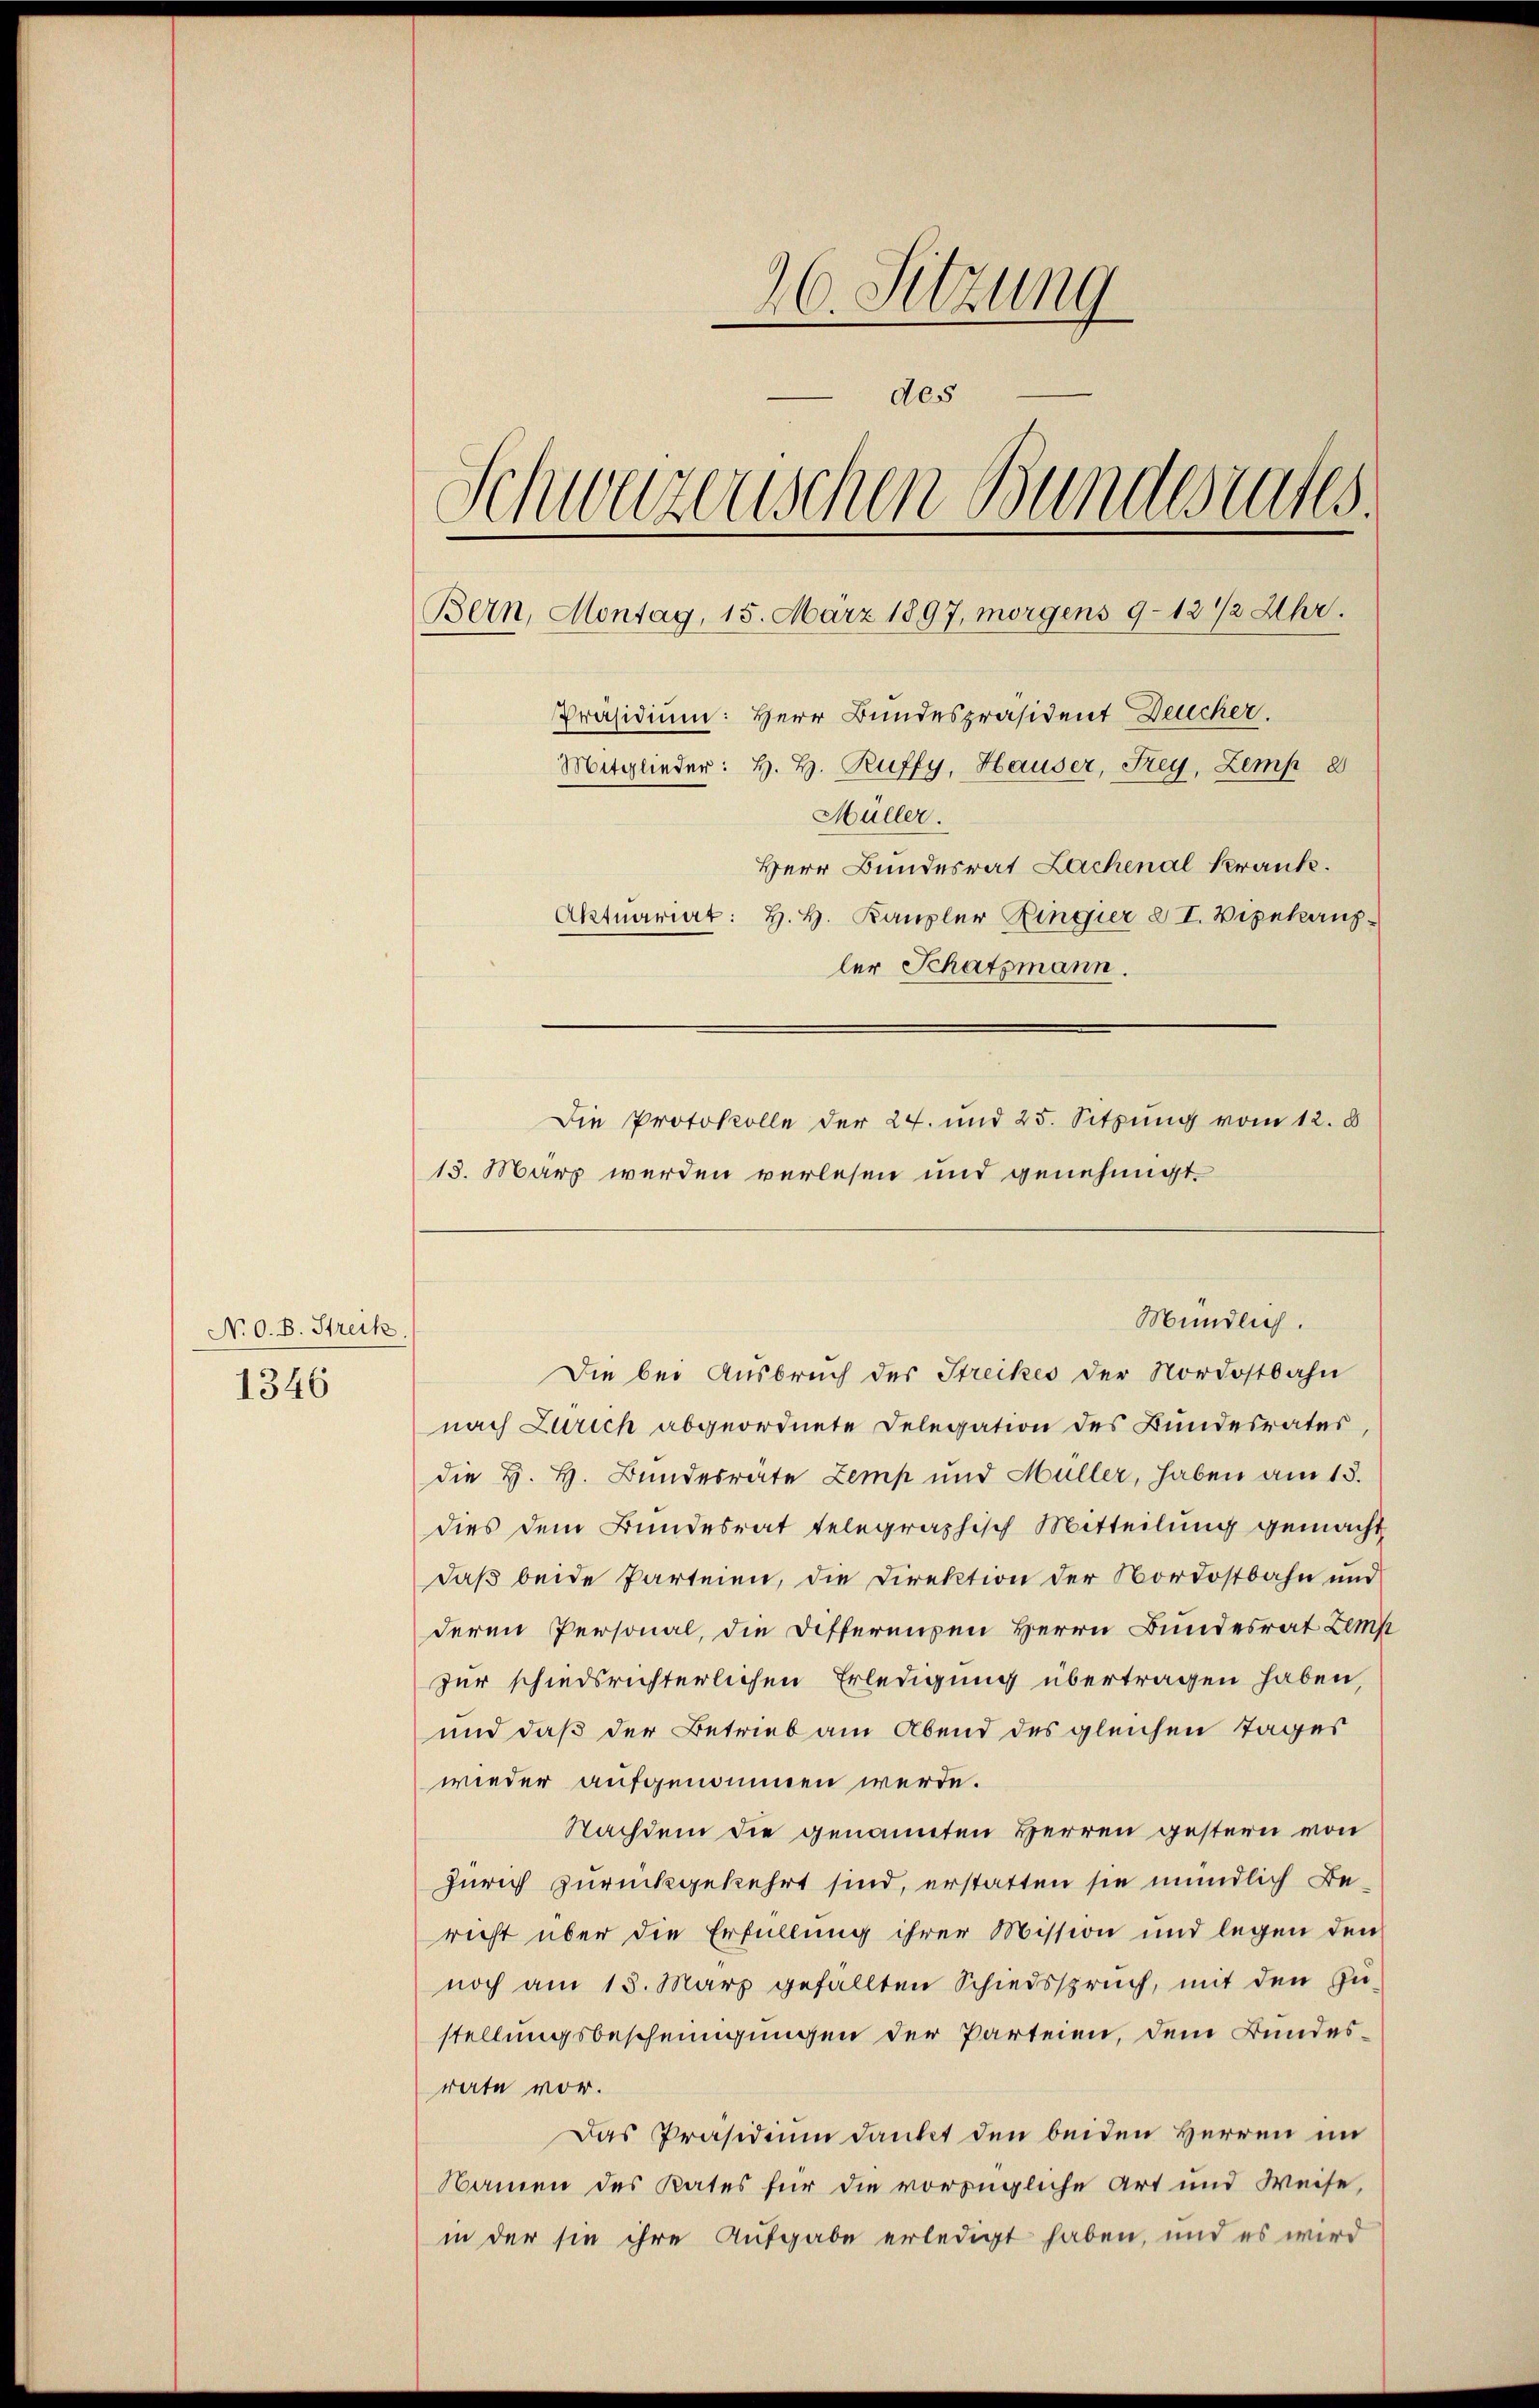
No 0. B. Streik
1346

26. Sitzung
des
Schweizerischen Bundesrates.
Bern, Montag, 15. März 1897, morgens 9–12 1/2 Uhr.
Präsidium: Herr Bundespräsident Deucher.
Mitglieder: H. H. Ruffy, Hauser, Frey, Zemp 8
Müller.
Herr Bundesrat Lachenal Krank.
Aktuariat: H. H. Kanzler Ringier § I. Vizekanzler Schatzmann.
Die Protokolle der 24. und 25. Sitzung vom 12. d.

Die bei Ausbruch des Streikes der Nordostbahn
nach Zürich abgeordnete Delegation des Bundesrates,
die H. H. Bundesräte Zemp und Müller, haben am 15.
dies dem Bundesrat telegraphisch Mitteilung gemacht
daß beide Parteien, die Direktion der Nordostbahn und
deren Personal, die Differenzen Herrn Bundesrat Zemp
zur schiedsrichterlichen Erledigung übertragen haben,
und daß der Betrieb am Abend des gleichen Tages
wieder aufgenommen werde.
Nachdem die genannten Herren gestern von
Zürich zurückgekehrt sind, erstatten sie mündlich Bericht über die Erfüllung ihrer Mission und legen den
noch am 15. März gefällten Schiedsspruch, mit den Zŭ-
stellungsbescheinigungen der Parteien, dem Bundesrate vor.
Das Präsidium dankt den beiden Herren im
Namen des Rates für die vorzügliche Art und Weise,
in der sie ihre Aufgabe erledigt haben, und es wird

13. März werden verlesen und genehmigt.

Mündlich.